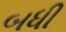
બધી